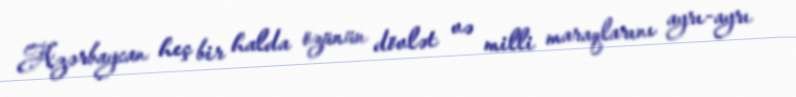
Azərbaycan heç bir halda özünün dövlət və milli maraqlarını ayrı-ayrı